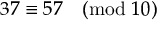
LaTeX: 3 7 \equiv 5 7 { \pmod { 1 0 } }